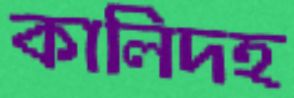
কালিদহ